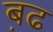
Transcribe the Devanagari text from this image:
ब़ढ